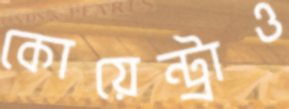
কোয়েন্ট্রাও